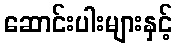
ဆောင်းပါးများနှင့်